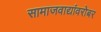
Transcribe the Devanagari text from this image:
सामाजवाद्यांवरोबर